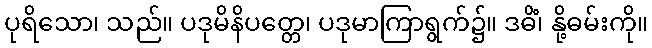
ပုရိသော၊ သည်။ ပဒုမိနိပတ္တေ၊ ပဒုမာကြာရွက်၌။ ဒဓိံ၊ နို့ဓမ်းကို။